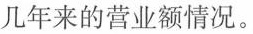
几年来的营业额情况。